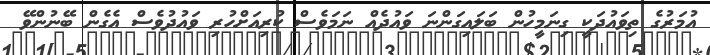
އުމަރުގެ ތިވައުދަކީ ގިނަމީހުން ބަލައިގަންނަ ވައުދެއް ނަމަވެސް ކުރިއަށްހުރި ވައުދުވެސް އެގެން ބޭނުންވޭ